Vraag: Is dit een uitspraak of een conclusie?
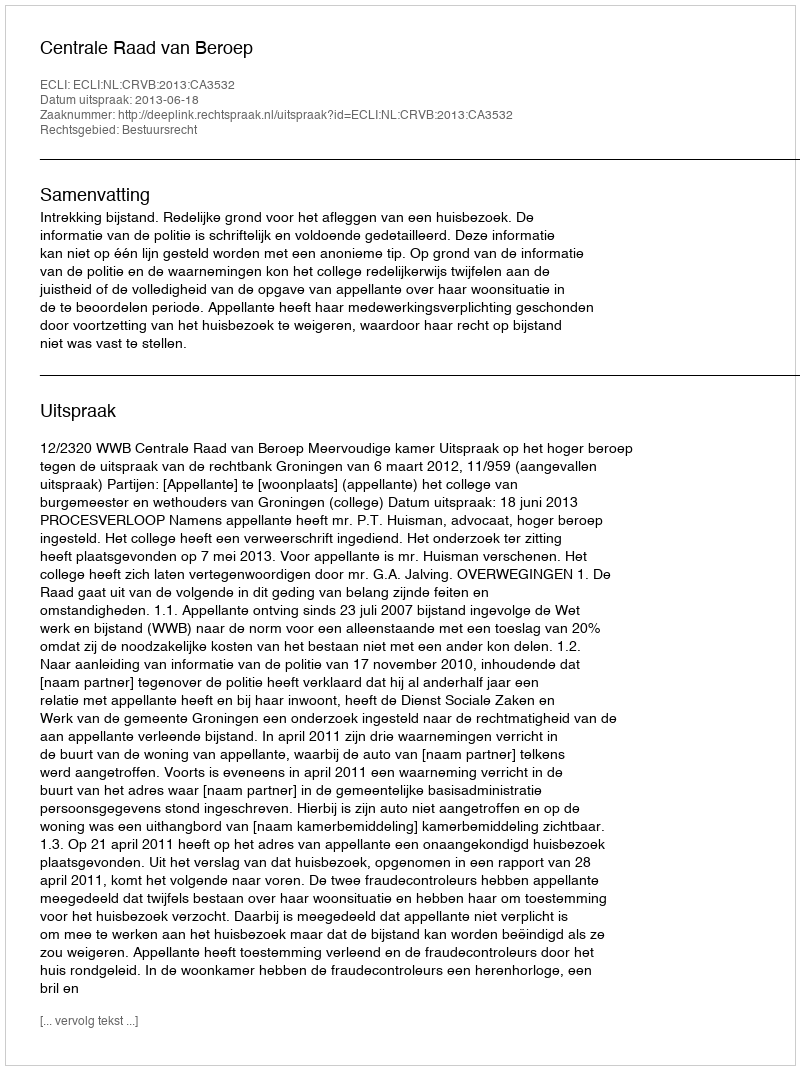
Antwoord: Uitspraak